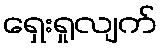
ရှေးရှုလျက်